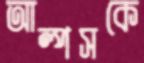
আল্পসকে